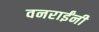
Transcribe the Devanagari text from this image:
वनराईंनी